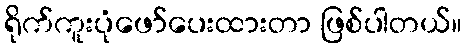
ရိုက်ကူးပုံဖော်ပေးထားတာ ဖြစ်ပါတယ်။